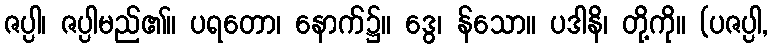
ဇပ္ပါ၊ ဇပ္ပါမည်၏။ ပရတော၊ နောက်၌။ ဒွေ၊ န်သော။ ပဒါနိ၊ တို့ကို။ (ပဇပ္ပါ,